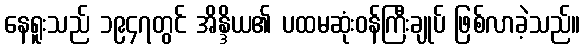
နေရူးသည် ၁၉၄၇တွင် အိန္ဒိယ၏ ပထမဆုံးဝန်ကြီးချုပ် ဖြစ်လာခဲ့သည်။